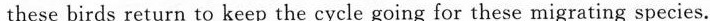
these birds return to keep the cycle going for these migrating species.